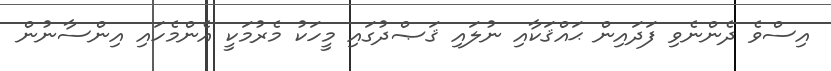
އިސްވެ ދެންނެވި ފަދައިން ޙައްޤަކާއި ނުލައި ޤަޞްދުގައި މީހަކު މެރުމަކީ އެންމެހައި އިންސާނުން